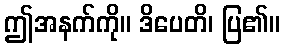
ဤအနက်ကို။ ဒိပေတိ၊ ပြ၏။